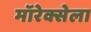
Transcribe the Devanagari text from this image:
मॉरेक्सेला